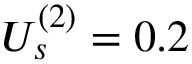
U _ { s } ^ { ( 2 ) } = 0 . 2